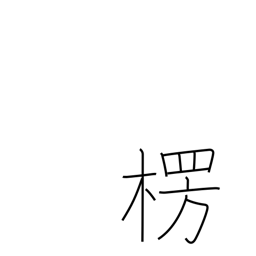
Meaning: protrusion